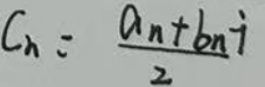
\[
C_{n}=\frac{a_{n}+b_{n}i}{2}
\]